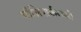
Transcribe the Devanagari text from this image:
पॉलिशर्कराओं